Report on vaccination North-West Frontier Province 1904-1922 - 1904-1922
Year: 1904
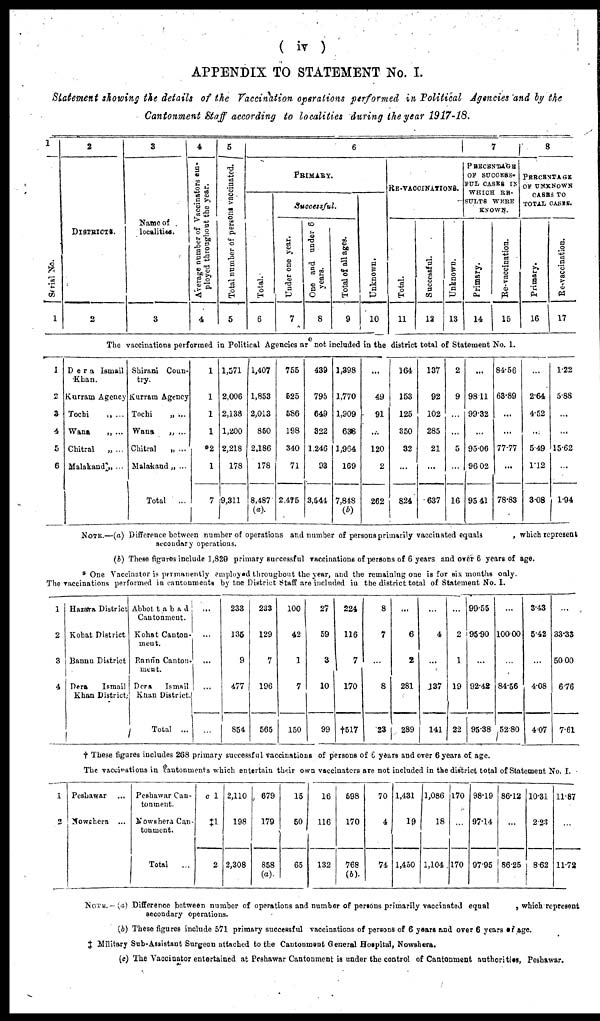
( iv )
APPENDIX TO STATEMENT No. I.
Statement showing the details of the Vaccination operations performed in Political Agencies and by the
Cantonment Staff according to localities during the year 1917-18.
1
Serial No.
1
2
DISTRICTS.
2
3
Name of
localities.
3
4
Average number of Vaccinators em-
ployed throughout the year.
4
5
Total number of persons vaccinated.
5
6
PRIMARY.
Total.
6
Successful.
Under one year.
7
One and under 6
years.
8
Total of all ages.
9
Unknown.
10
RE-VACCINATIONS.
Total.
11
Successful.
12
Unknown.
13
7
PERCENTAGE
OF SUCCESS-
FUL CASES IN
WHICH RE-
SULTS WERE
KNOWN.
Primary.
14
Re-vaccination.
15
8
PERCENTAGE
OF UNKNOWN
CASES TO
TOTAL CASES.
Primary.
16
Re-vaccination.
17
The vaccinations performed in Political Agencies are not included in the district total of Statement No. 1.
1
2
3
4
5
6
Dera Ismail
Khan.
Kurram Agency
Tochi
„ ...
Wana
„ ...
Chitral
„ ...
Malakand „ ...
Shirani Coun-
try.
Kurram Agency
Tochi
„ ...
Wana
„ ...
Chitral
„ ...
Malakand „ ...
Total
...
1
1
1
1
*2
1
7
1,571
2,006
2,138
1,200
2,218
178
9,311
1,407
1,853
2,013
850
2,186
178
8,487
(a).
755
525
586
198
340
71
2,475
439
795
649
322
1,246
93
3,544
1,398
1,770
1,909
638
1,964
169
7,848
(b)
...
49
91
...
120
2
262
164
153
125
350
32
...
824
137
92
102
285
21
...
637
2
9
...
...
5
...
16
...
98.11
99.32
...
95.06
96.02
95.41
84.56
63.89
...
...
77.77
...
78.83
...
2.64
4.52
...
5.49
1.12
3.08
1.22
5.88
...
...
15.62
...
1.94
NOTE.—(a) Difference between number of operations and number of persons primarily vaccinated equals
, which represent
secondary operations.
(b) These figures include 1,829 primary successful vaccinations of persons of 6 years and over 6 years of age.
* One Vaccinator is permanently employed throughout the year, and the remaining one is for six months only.
The vaccinations performed in cantonments by the District Staff are included in the district total of Statement No. I.
1
2
3
4
Hazara District
Kohat District
Bannu District
Dera
Ismail
Khan District.
Abbottabad
Cantonment.
Kohat Canton-
ment.
Bannu Canton-
ment.
Dera
Ismail
Khan District.
Total ...
...
...
...
...
...
233
135
9
477
854
233
129
7
196
565
100
42
1
7
150
27
59
3
10
99
224
116
7
170
†517
8
7
...
8
23
...
6
2
281
289
...
4
...
137
141
...
2
1
19
22
99.55
95.90
...
92.42
95.38
...
100.00
...
84.56
52.80
3.43
5.42
...
4.08
4.07
...
33.33
50.00
6.76
7.61
† These figures includes 268 primary successful vaccinations of persons of 6 years and over 6 years of age.
The vaccinations in cantonments which entertain their own vaccinators are not included in the district total of Statement No. I.
1
2
Peshawar ...
Nowshera ...
Peshawar Can-
tonment.
Nowshera Can-
tonment.
Total
...
c 1
‡1
2
2,110
198
2,308
679
179
858
(a).
15
50
65
16
116
132
598
170
768
(b)
70
4
74
1,431
19
1,450
1,086
18
1,104
170
...
170
98.19
97.14
97.95
86.12
...
86.25
10.31
2.23
8.62
11.87
...
11.72
NOTE.— (a) Difference between number of operations and number of persons primarily vaccinated equal
, which represent
secondary operations.
(b) These figures include 571 primary successful vaccinations of persons of 6 years and over 6 years of age.
‡ Military Sub-Assistant Surgeon attached to the Cantonment General Hospital, Nowshera.
(c) The Vaccinator entertained at Peshawar Cantonment is under the control of Cantonment authorities, Peshawar.